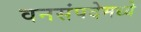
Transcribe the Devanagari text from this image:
वनसंपदेमध्ये